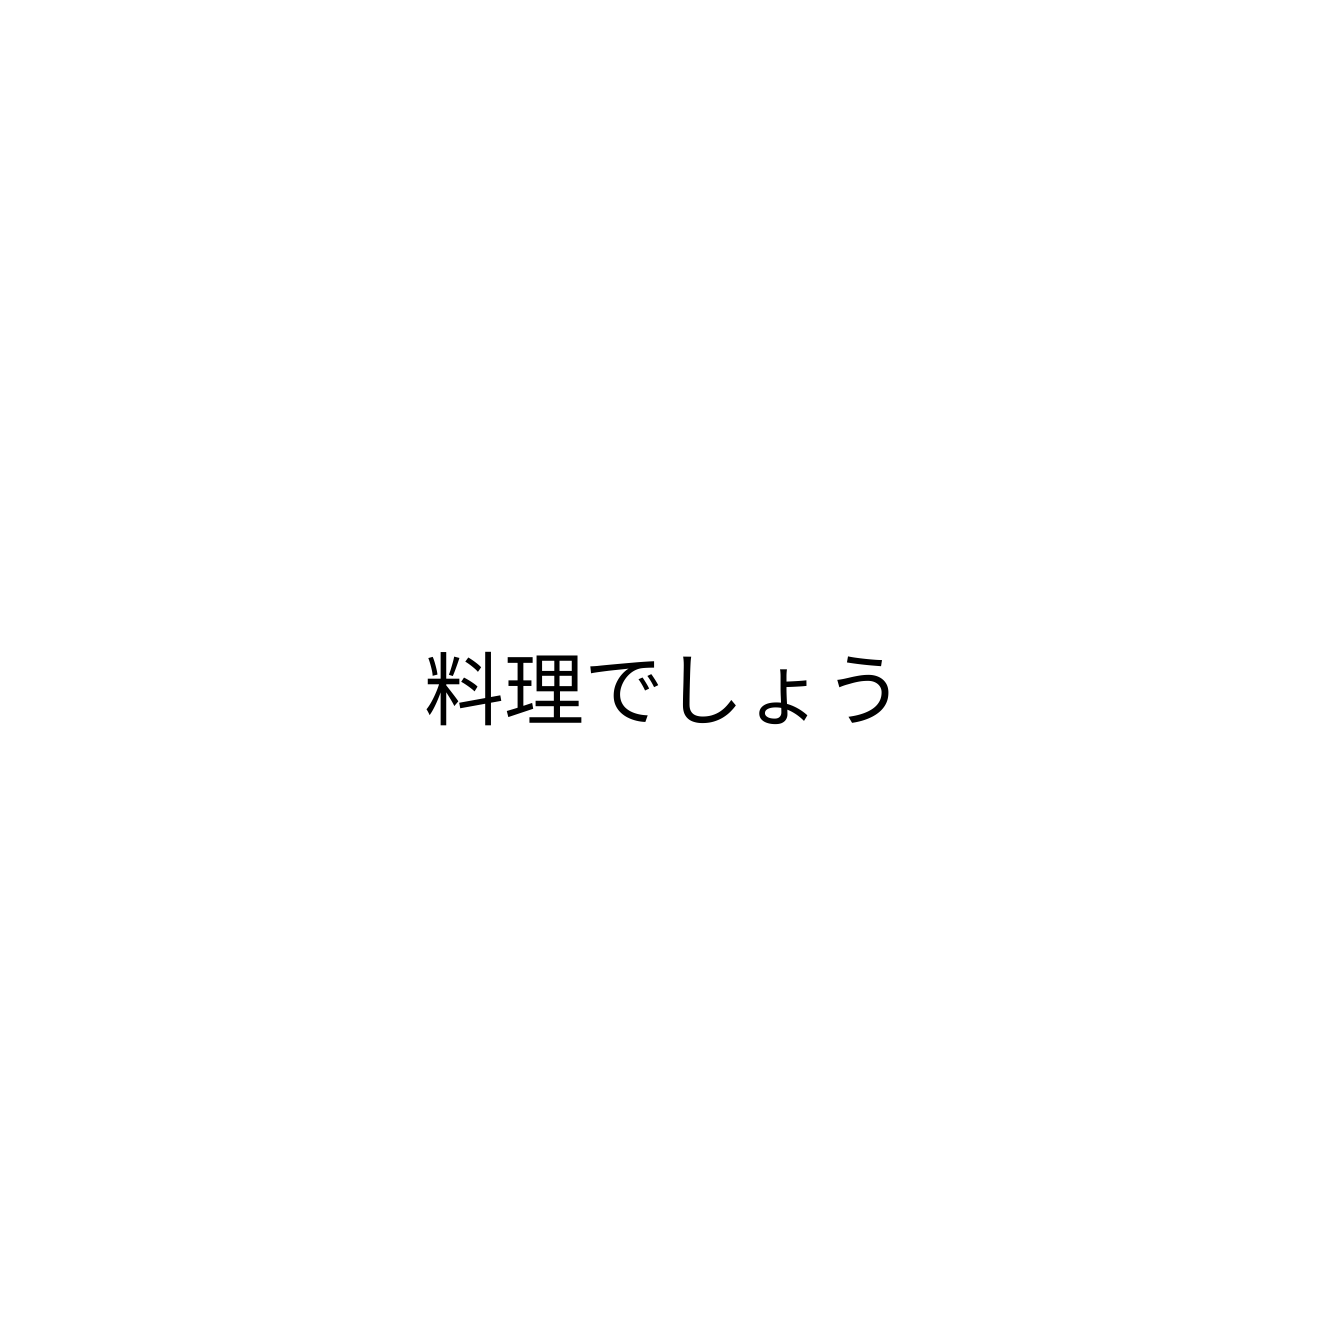
料理でしょう